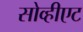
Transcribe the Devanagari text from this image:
सोव्हीएट